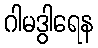
ဂါမဒွါရေန